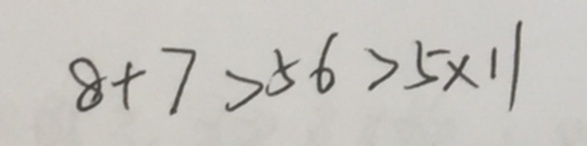
8 + 7 > 5 6 > 5 \times 1 1